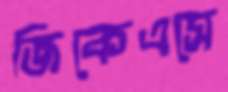
জিকেএসে